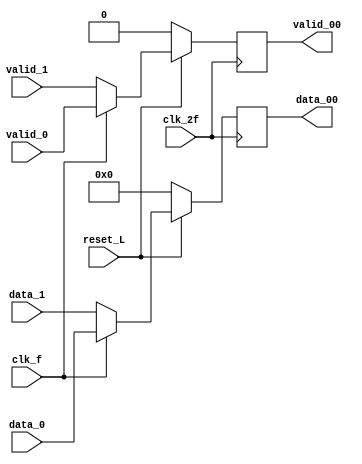
module MUX1_L1 (
		output reg [7:0] data_00,
		output reg 	 valid_00,
		input 		 reset_L,
		input 		 clk_f,
		input		 clk_2f,
		input [7:0] 	 data_0,
		input [7:0] 	 data_1,
		input 		 valid_0,
		input 		 valid_1);
   

   //Seales internas
   reg [7:0] 			 a;
   wire 		  selector_2f;
   reg 				 validt_00;
   

   //Lgica selector automtico

   assign selector_2f = ~clk_f;

   //Lgica MUX 

   always @(*)
     begin
	a = 0;
	validt_00 = 0;

	if (~selector_2f) begin
		a = data_0;
		validt_00 = valid_0;
	end
	  
	else begin
		a = data_1;
		validt_00 = valid_1;
	end
	  
     end

   // Lgica Flop

   always @ (posedge clk_2f)
     begin
	if(reset_L)
	  begin
	     data_00 <= a;
	     valid_00 <= validt_00;
	  end

	else if(~reset_L) begin
		data_00 <= 0;
		valid_00 <= 0;
	end
	
    end
   
	
endmodule // MUX1_L1